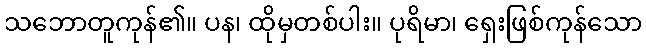
သဘောတူကုန်၏။ ပန၊ ထိုမှတစ်ပါး။ ပုရိမာ၊ ရှေးဖြစ်ကုန်သော